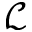
\mathcal { L }